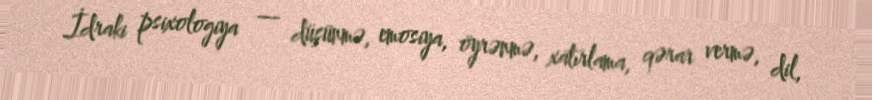
İdraki psixologiya — düşünmə, emosiya, öyrənmə, xatırlama, qərar vermə, dil,